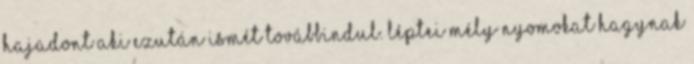
hajadont aki ezután ismét továbbindul. Léptei mély nyomokat hagynak